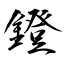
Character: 鐙